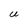
Character: U